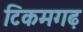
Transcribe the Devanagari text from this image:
टिकमगढ़